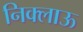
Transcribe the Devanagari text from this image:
निक्लाऊ